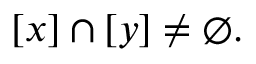
[ x ] \cap [ y ] \neq \emptyset .